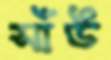
সাঁউ